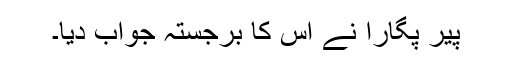
پیر پگارا نے اس کا برجستہ جواب دیا۔